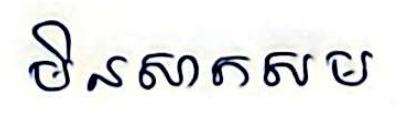
មិនសាកសម